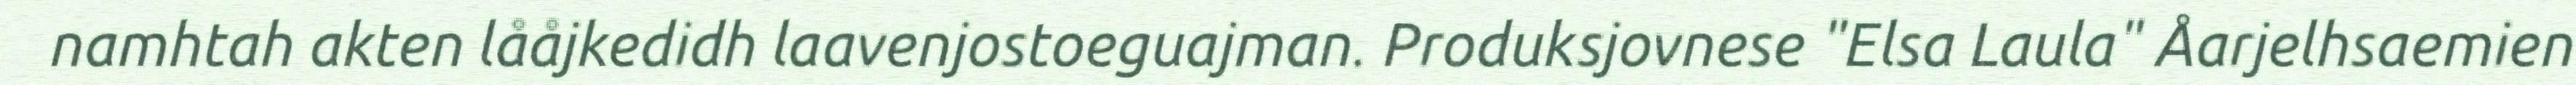
namhtah akten lååjkedidh laavenjostoeguajman. Produksjovnese "Elsa Laula" Åarjelhsaemien